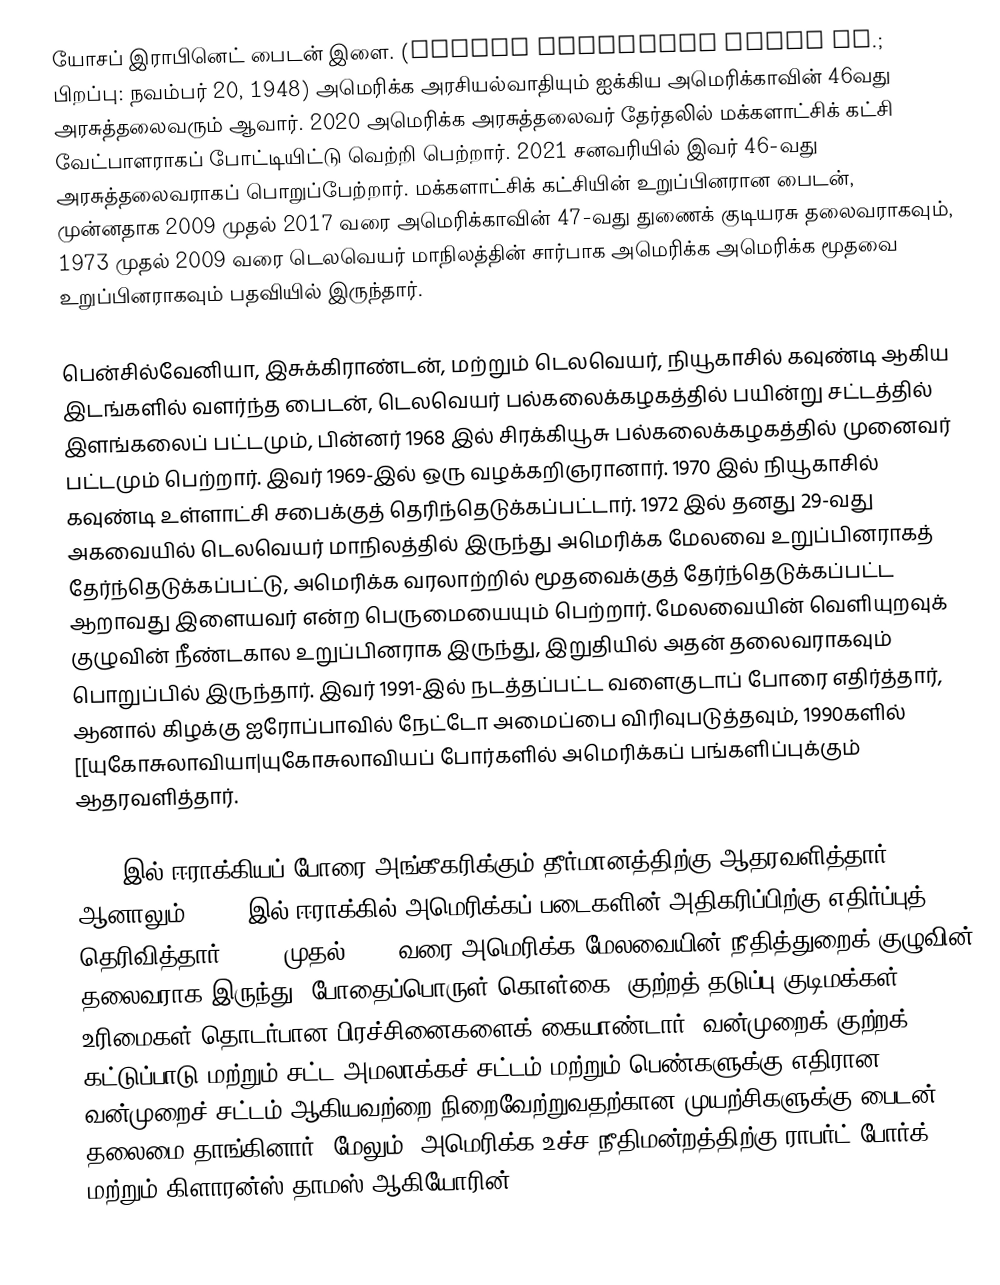
யோசப் இராபினெட் பைடன் இளை. (Joseph Robinette Biden Jr.; பிறப்பு: நவம்பர் 20, 1948) அமெரிக்க அரசியல்வாதியும்  ஐக்கிய அமெரிக்காவின் 46வது அரசுத்தலைவரும் ஆவார். 2020 அமெரிக்க அரசுத்தலைவர் தேர்தலில் மக்களாட்சிக் கட்சி வேட்பாளராகப் போட்டியிட்டு வெற்றி பெற்றார். 2021 சனவரியில் இவர் 46-வது அரசுத்தலைவராகப் பொறுப்பேற்றார். மக்களாட்சிக் கட்சியின் உறுப்பினரான பைடன், முன்னதாக 2009 முதல் 2017 வரை அமெரிக்காவின் 47-வது துணைக் குடியரசு தலைவராகவும், 1973 முதல் 2009 வரை டெலவெயர் மாநிலத்தின் சார்பாக அமெரிக்க அமெரிக்க மூதவை உறுப்பினராகவும் பதவியில் இருந்தார்.

பென்சில்வேனியா, இசுக்கிராண்டன், மற்றும் டெலவெயர், நியூகாசில் கவுண்டி ஆகிய இடங்களில் வளர்ந்த பைடன், டெலவெயர் பல்கலைக்கழகத்தில் பயின்று சட்டத்தில் இளங்கலைப் பட்டமும், பின்னர் 1968 இல் சிரக்கியூசு பல்கலைக்கழகத்தில் முனைவர் பட்டமும் பெற்றார். இவர் 1969-இல் ஒரு வழக்கறிஞரானார். 1970 இல் நியூகாசில் கவுண்டி உள்ளாட்சி சபைக்குத் தெரிந்தெடுக்கப்பட்டார். 1972 இல் தனது 29-வது அகவையில் டெலவெயர் மாநிலத்தில் இருந்து அமெரிக்க மேலவை உறுப்பினராகத் தேர்ந்தெடுக்கப்பட்டு, அமெரிக்க வரலாற்றில் மூதவைக்குத் தேர்ந்தெடுக்கப்பட்ட ஆறாவது இளையவர் என்ற பெருமையையும் பெற்றார். மேலவையின் வெளியுறவுக் குழுவின் நீண்டகால உறுப்பினராக இருந்து, இறுதியில் அதன் தலைவராகவும் பொறுப்பில் இருந்தார். இவர் 1991-இல் நடத்தப்பட்ட வளைகுடாப் போரை எதிர்த்தார், ஆனால் கிழக்கு ஐரோப்பாவில் நேட்டோ அமைப்பை விரிவுபடுத்தவும், 1990களில் [[யுகோசுலாவியா|யுகோசுலாவியப் போர்களில் அமெரிக்கப் பங்களிப்புக்கும் ஆதரவளித்தார்.

2002 இல் ஈராக்கியப் போரை அங்கீகரிக்கும் தீர்மானத்திற்கு ஆதரவளித்தார். ஆனாலும், 2007 இல் ஈராக்கில் அமெரிக்கப் படைகளின் அதிகரிப்பிற்கு எதிர்ப்புத் தெரிவித்தார். 1987 முதல் 1995 வரை அமெரிக்க மேலவையின் நீதித்துறைக் குழுவின் தலைவராக இருந்து, போதைப்பொருள் கொள்கை, குற்றத் தடுப்பு குடிமக்கள் உரிமைகள் தொடர்பான பிரச்சினைகளைக் கையாண்டார். வன்முறைக் குற்றக் கட்டுப்பாடு மற்றும் சட்ட அமலாக்கச் சட்டம் மற்றும் பெண்களுக்கு எதிரான வன்முறைச் சட்டம் ஆகியவற்றை நிறைவேற்றுவதற்கான முயற்சிகளுக்கு பைடன் தலைமை தாங்கினார். மேலும், அமெரிக்க உச்ச நீதிமன்றத்திற்கு ராபர்ட் போர்க் மற்றும் கிளாரன்ஸ் தாமஸ் ஆகியோரின்